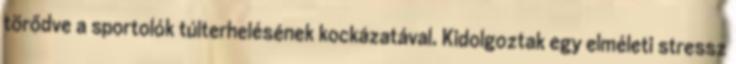
törődve a sportolók túlterhelésének kockázatával. Kidolgoztak egy elméleti stressz